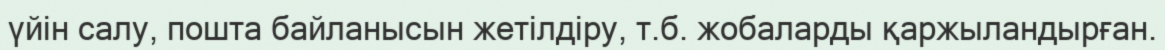
үйін салу, пошта байланысын жетілдіру, т.б. жобаларды қаржыландырған.